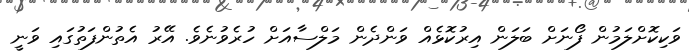
ވަކިކޮށްލަމުން ފޯނަށް ބަލަން އިރުކޮޅެއް ވަންދެން މަލްސާއަށް ހުރެވުނެވެ. އޭރު އެތުންފަތުގައި ވަނީ